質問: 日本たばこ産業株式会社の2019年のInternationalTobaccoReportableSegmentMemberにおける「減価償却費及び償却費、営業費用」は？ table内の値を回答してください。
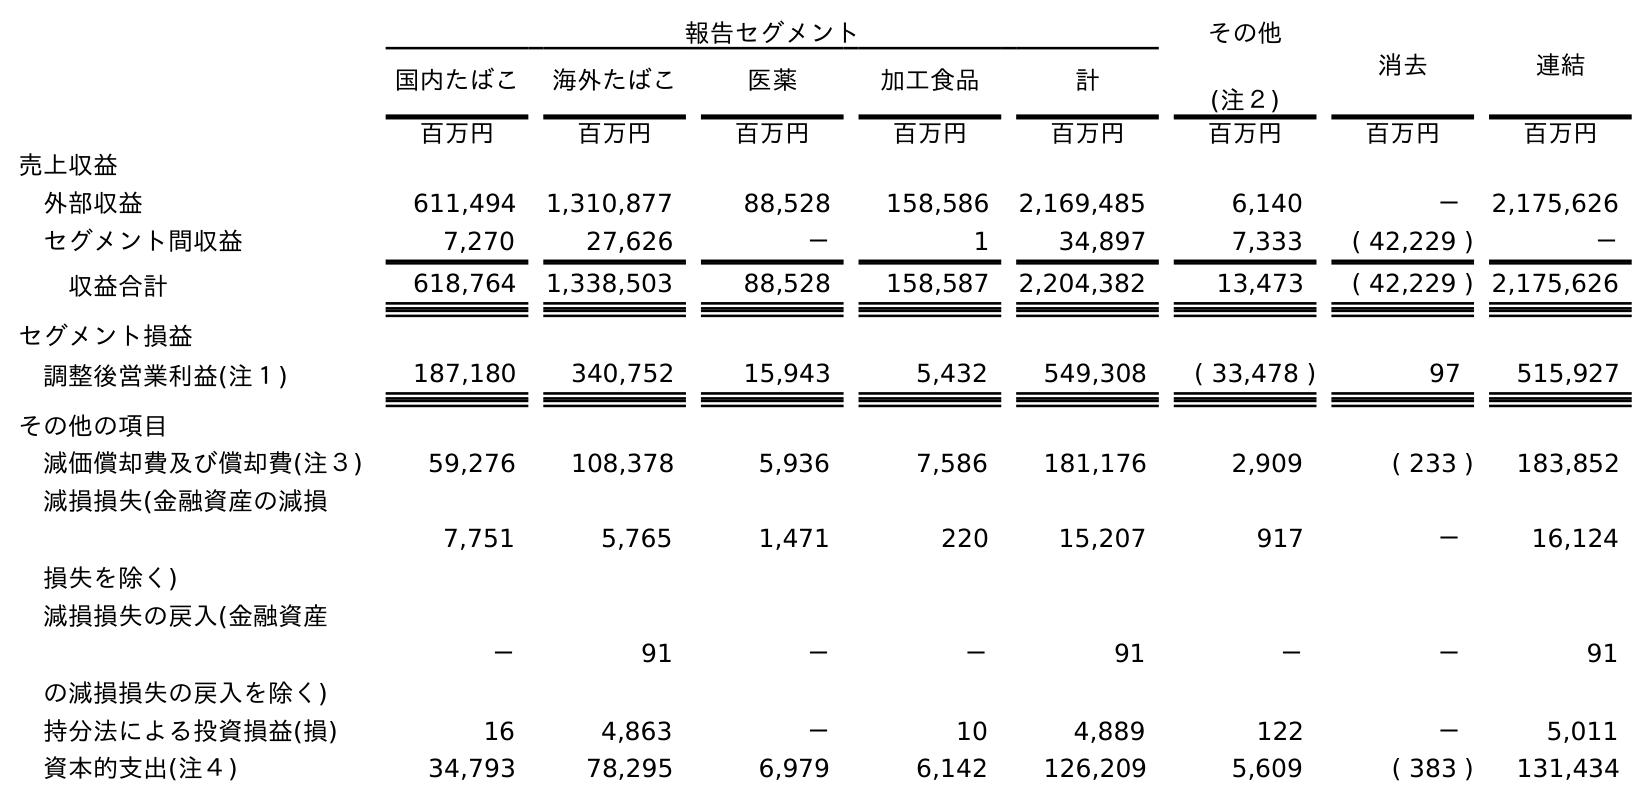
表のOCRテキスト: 報告セグメント その他 (注２) 消去 連結 国内たばこ 海外たばこ 医薬 加工食品 計 百万円 百万円 百万円 百万円 百万円 百万円 百万円 百万円 売上収益 外部収益 611,494 1,310,877 88,528 158,586 2,169,485 6,140 － 2,175,626 セグメント間収益 7,270 27,626 － 1 34,897 7,333 ( 42,229 ) － 収益合計 618,764 1,338,503 88,528 158,587 2,204,382 13,473 ( 42,229 ) 2,175,626 セグメント損益 調整後営業利益(注１) 187,180 340,752 15,943 5,432 549,308 ( 33,478 ) 97 515,927 その他の項目 減価償却費及び償却費(注３) 59,276 108,378 5,936 7,586 181,176 2,909 ( 233 ) 183,852 減損損失(金融資産の減損 損失を除く) 7,751 5,765 1,471 220 15,207 917 － 16,124 減損損失の戻入(金融資産 の減損損失の戻入を除く) － 91 － － 91 － － 91 持分法による投資損益(損) 16 4,863 － 10 4,889 122 － 5,011 資本的支出(注４) 34,793 78,295 6,979 6,142 126,209 5,609 ( 383 ) 131,434
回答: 108,378